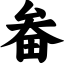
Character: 畚